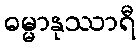
ဓမ္မာနုဿာရီ